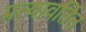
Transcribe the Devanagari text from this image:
प्रत्यावर्तित